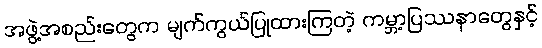
အဖွဲ့အစည်းတွေက မျက်ကွယ်ပြုထားကြတဲ့ ကမ္ဘာ့ပြဿနာတွေနှင့်